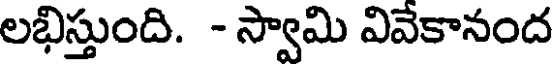
లభిస్తుంది. - స్వామి వివేకానంద